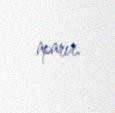
aparır.